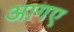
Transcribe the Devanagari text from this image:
आगए